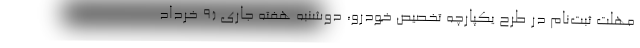
مهلت ثبت‌نام در طرح یکپارچه تخصیص خودرو، دوشنبه هفته جاری (۹ خرداد